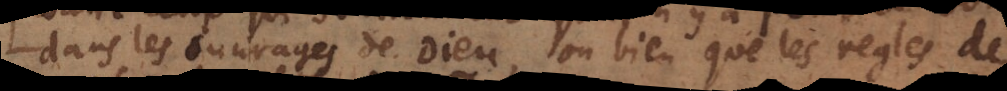
dans les ouvrages de Dieu, ou bien que les regles de